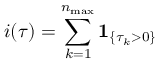
i ( \tau ) = \sum _ { k = 1 } ^ { n _ { \operatorname* { m a x } } } \mathbf { 1 } _ { \left\{ \tau _ { k } > 0 \right\} }